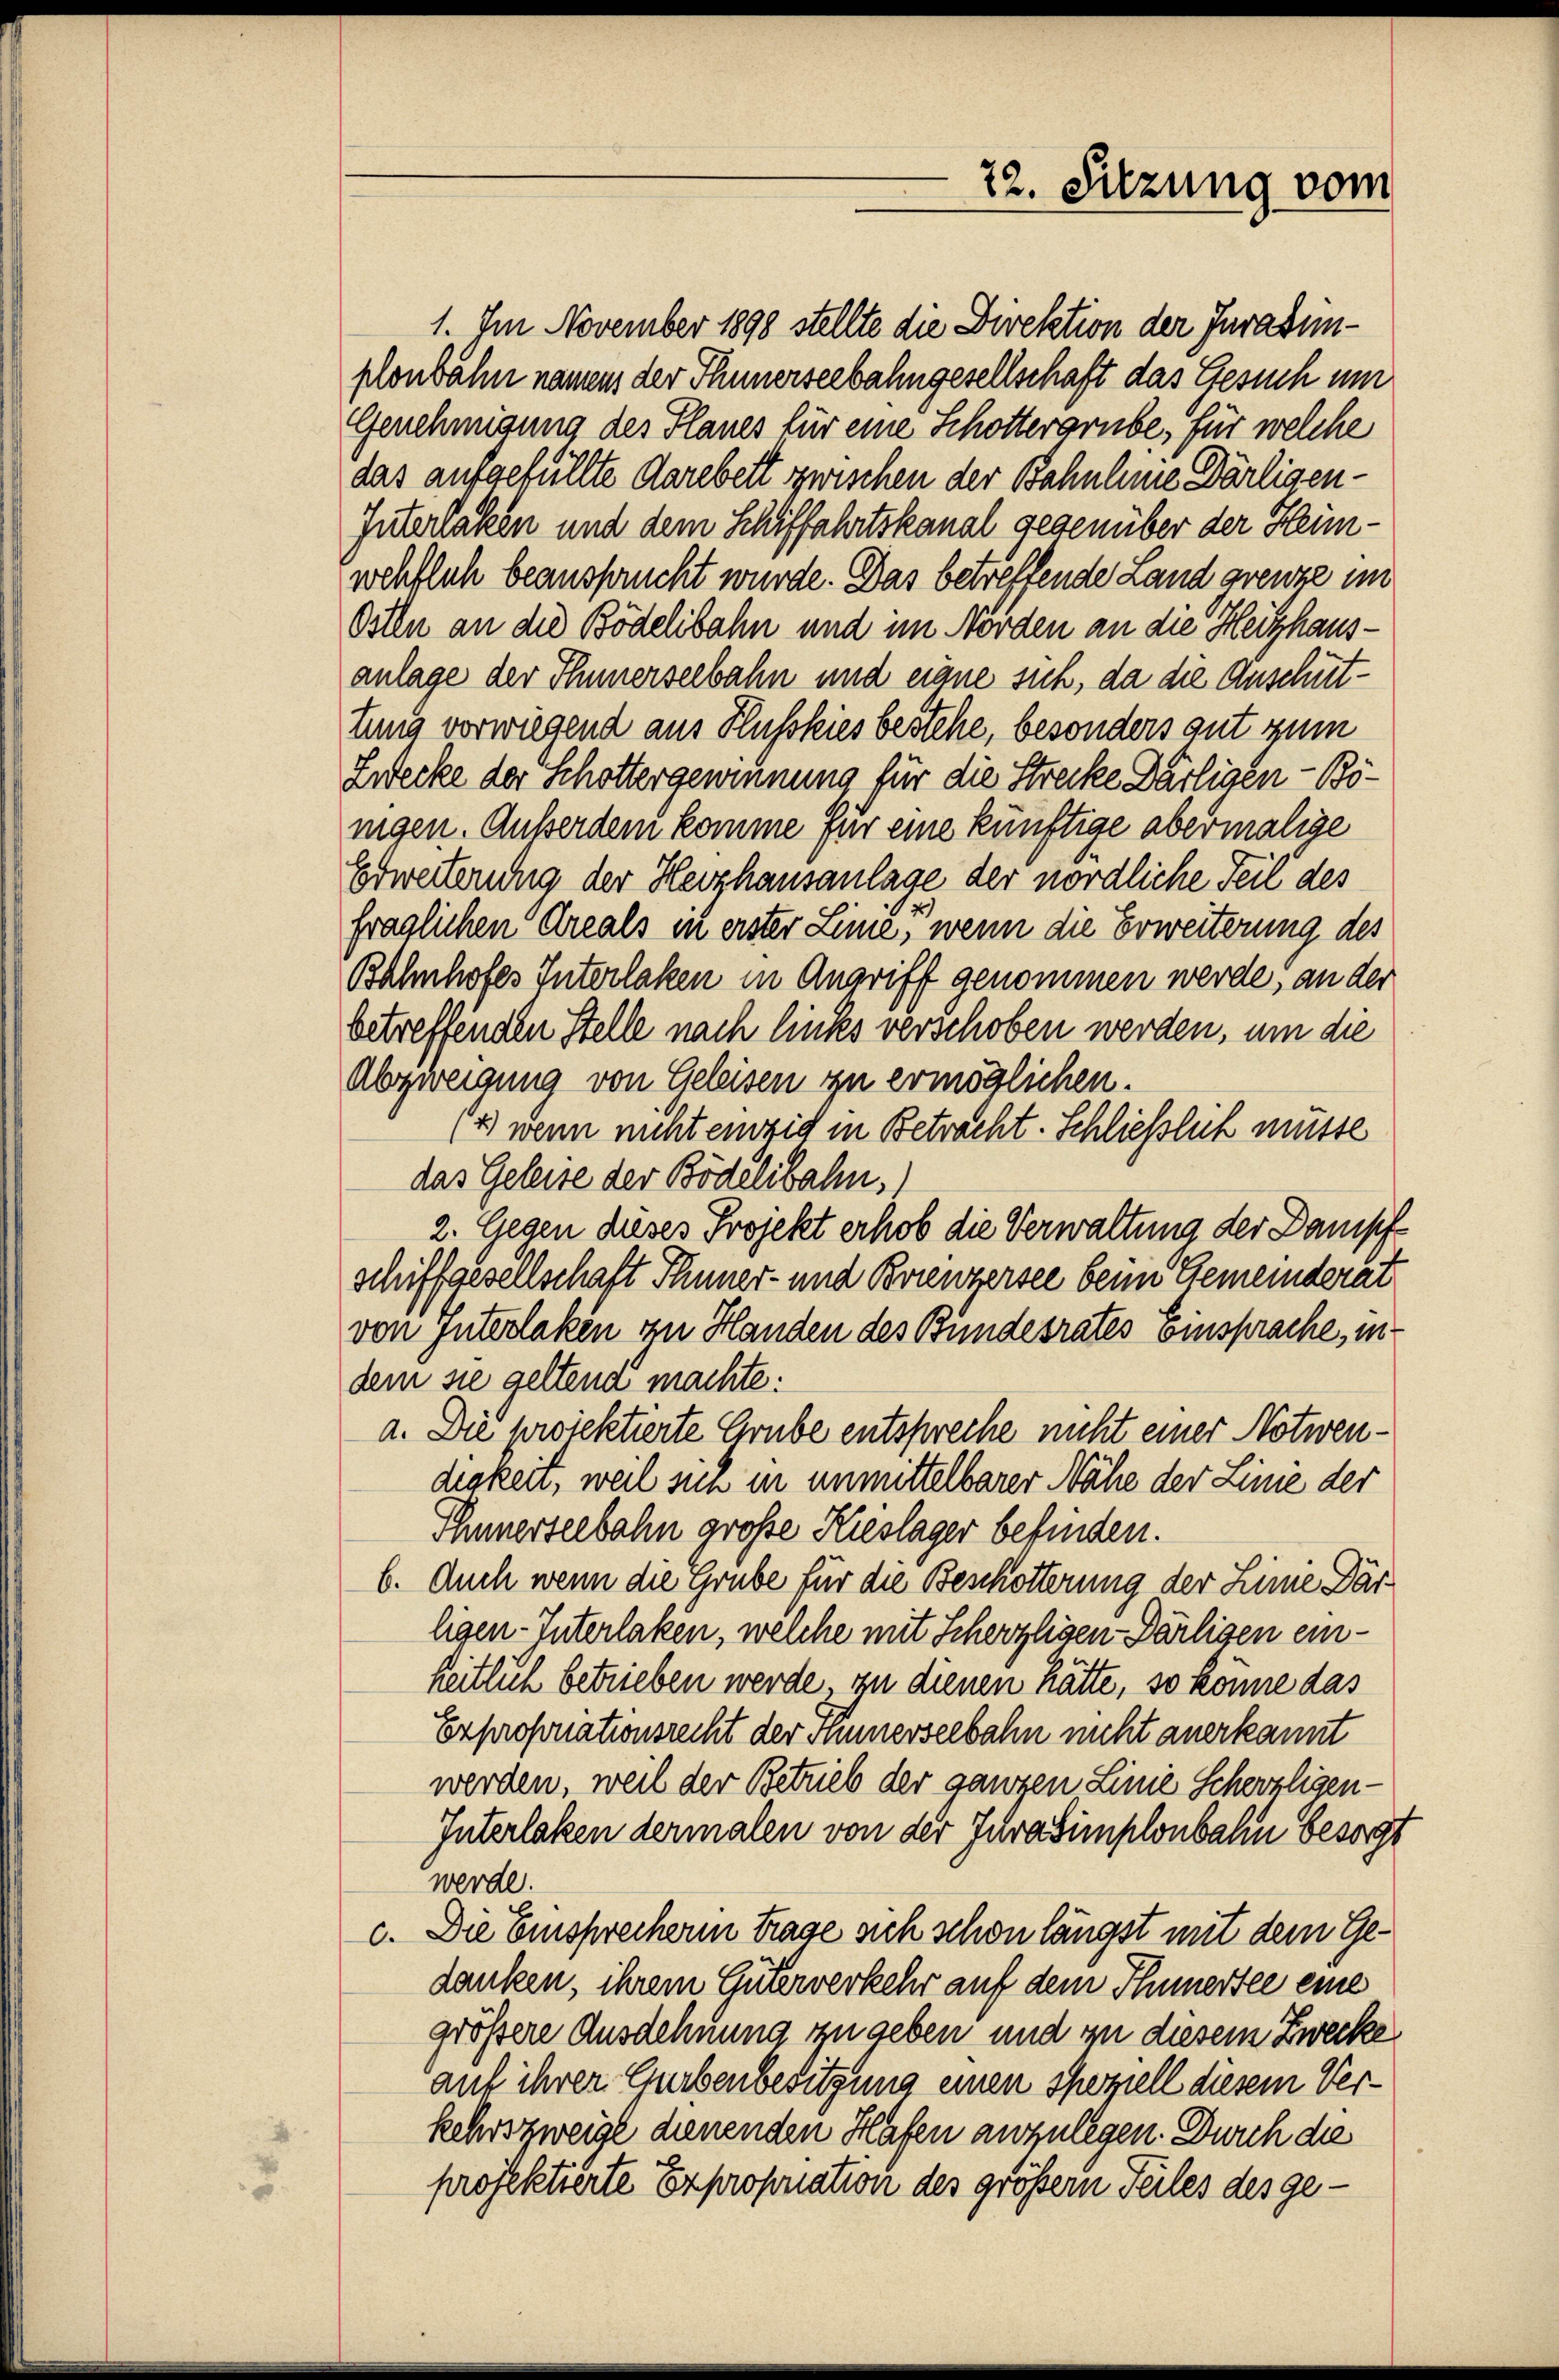
22. Sitzung vom

1. Im November 1898 stellte die Direktion der Jurasinplonbahn namens der Thunerseebahngesellschaft das Gesuch um
Genehmigung des Planes für eine Schotterarbe, für welche
das aufgefüllte darebett zwischen der Bahnleine Dorligen¬
Interlaken und dem Schiffahrtskanal gegenüber der Heimwehflich beansprucht wurde. Das betreffende Land grenze im
Osten an die Bödelibahn und im Nörden an die Heitzhausanlage der Innerseebahn und eigne sich, da die Anschüttung vorwiegend aus Husskies bestehe, besonders gut zum
Zwecke der Schottergewinnung für die Strecke Därligen - Bönigen. Außerdem komme für eine künftige abermalige
Erweiterung der Heizhausanlage der nördliche Teil des
fraglichen Areals in erster Linie, wenn die Erweiterung des
Bahnhofes Interlaken in Angriff genommen werde, an der
betreffenden Stelle nach links verschoben werden, um die
Abzweigung von Geleisen zu ermöglichen.
(4) wenn nicht einzig in Betracht. Schließlich müsse
das Geleise der Bödelibahn.)
2. Gegen dieses Projekt erhob die Verwaltung der Dampf
schiffgesellschaft Thuner- und Brienzersee beim Gemeinderat
von Interlaken zu Handen des Bundesrates Einsprache, in
dem sie geltend machte:
a. Die projektierte Grube entspreche nicht einer Notwendigkeit, weil sein in unmittelbarer Nähe der Linie der
Ehnnerseebahn große Kieslager befinden.
6. Auch wenn die Erube für die Beschotterung der Linie Darligen-Unterlaken, welche mit Scherzligen Darligen einheitlich betrieben werde, zu dienen hätte, so könne das
Exproponationsrecht der Hünerseebahn nicht anerkannt
werden, weil der Betrieb der ganzen Linie Scherzligen-
Interlaken dermalen von der Jurasimplonbahn besorgt
werde.
c. Die Einsprecherin trage sich schon längst mit dem Gedanken, ihrem Güterverkehr auf dem Thunertee eine
größere Ausdehnung zu geben und in diesem Zwecke
auf ihrer Curbenbesitzung einen speziell diesem Verkehrszweige dienenden Hafen anzulegen. Durch die
projektierte Expropriation des größern Teiles des ge¬